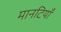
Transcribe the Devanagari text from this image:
मानटियाँ